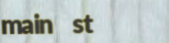
main st